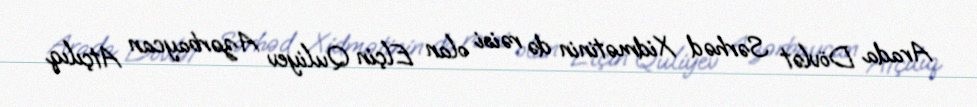
Arada Dövlət Sərhəd Xidmətinin də rəisi olan Elçin Quliyev Azərbaycan Atçılıq